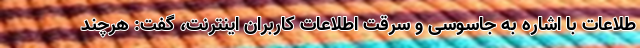
طلاعات با اشاره به جاسوسی و سرقت اطلاعات کاربران اینترنت، گفت: هرچند